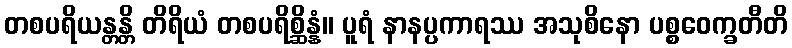
တစပရိယန္တန္တိ တိရိယံ တစပရိစ္ဆိန္နံ။ ပူရံ နာနပ္ပကာရဿ အသုစိနော ပစ္စဝေက္ခတီတိ